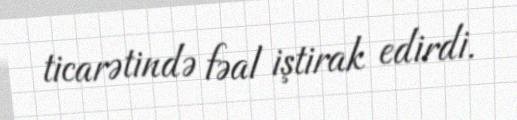
ticarətində fəal iştirak edirdi.